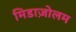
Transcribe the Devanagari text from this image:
मिडाज़ोलम